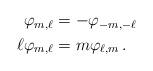
LaTeX: \begin{align*}\begin{aligned} \varphi_{m,\ell} & = - \varphi_{-m, -\ell} \\ \ell \varphi_{m,\ell} & = m \varphi_{\ell, m} \,.\end{aligned}\end{align*}